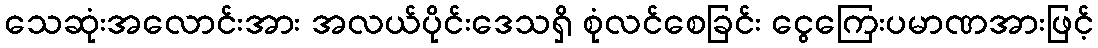
သေဆုံးအလောင်းအား အလယ်ပိုင်းဒေသရှိ စုံလင်စေခြင်း ငွေကြေးပမာဏအားဖြင့်